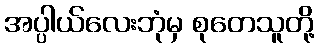
အပ္ပါယ်လေးဘုံမှ စုတေသူတို့